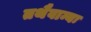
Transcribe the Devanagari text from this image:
तथैवान्यः